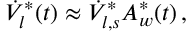
\begin{array} { r } { \dot { V } _ { l } ^ { * } ( t ) \approx \dot { V } _ { l , s } ^ { * } A _ { w } ^ { * } ( t ) \, , } \end{array}